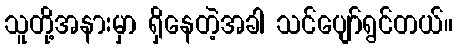
သူတို့အနားမှာ ရှိနေတဲ့အခါ သင်ပျော်ရွင်တယ်။